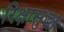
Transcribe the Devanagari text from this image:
रिक्षासुद्धा